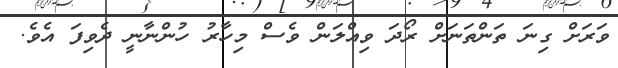
ވަރަށް ގިނަ ތަންތަނަށް ރޯދަ ވިއްލަން ވެސް މިހާރު ހުންނާނީ ދެވިފަ އެވެ.